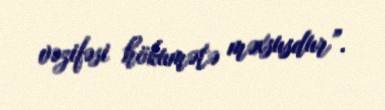
vəzifəsi hökumətə məxsusdur”.